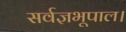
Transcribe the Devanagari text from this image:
सर्वज्ञभूपाल।